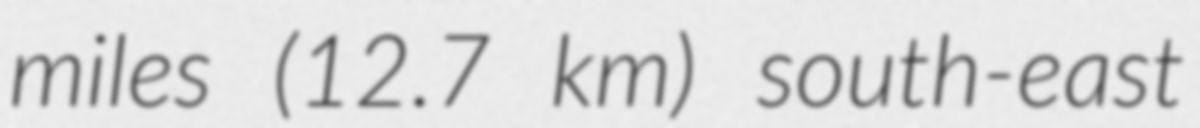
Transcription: miles (12.7 km) south-east